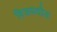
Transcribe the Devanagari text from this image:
विजयदौड